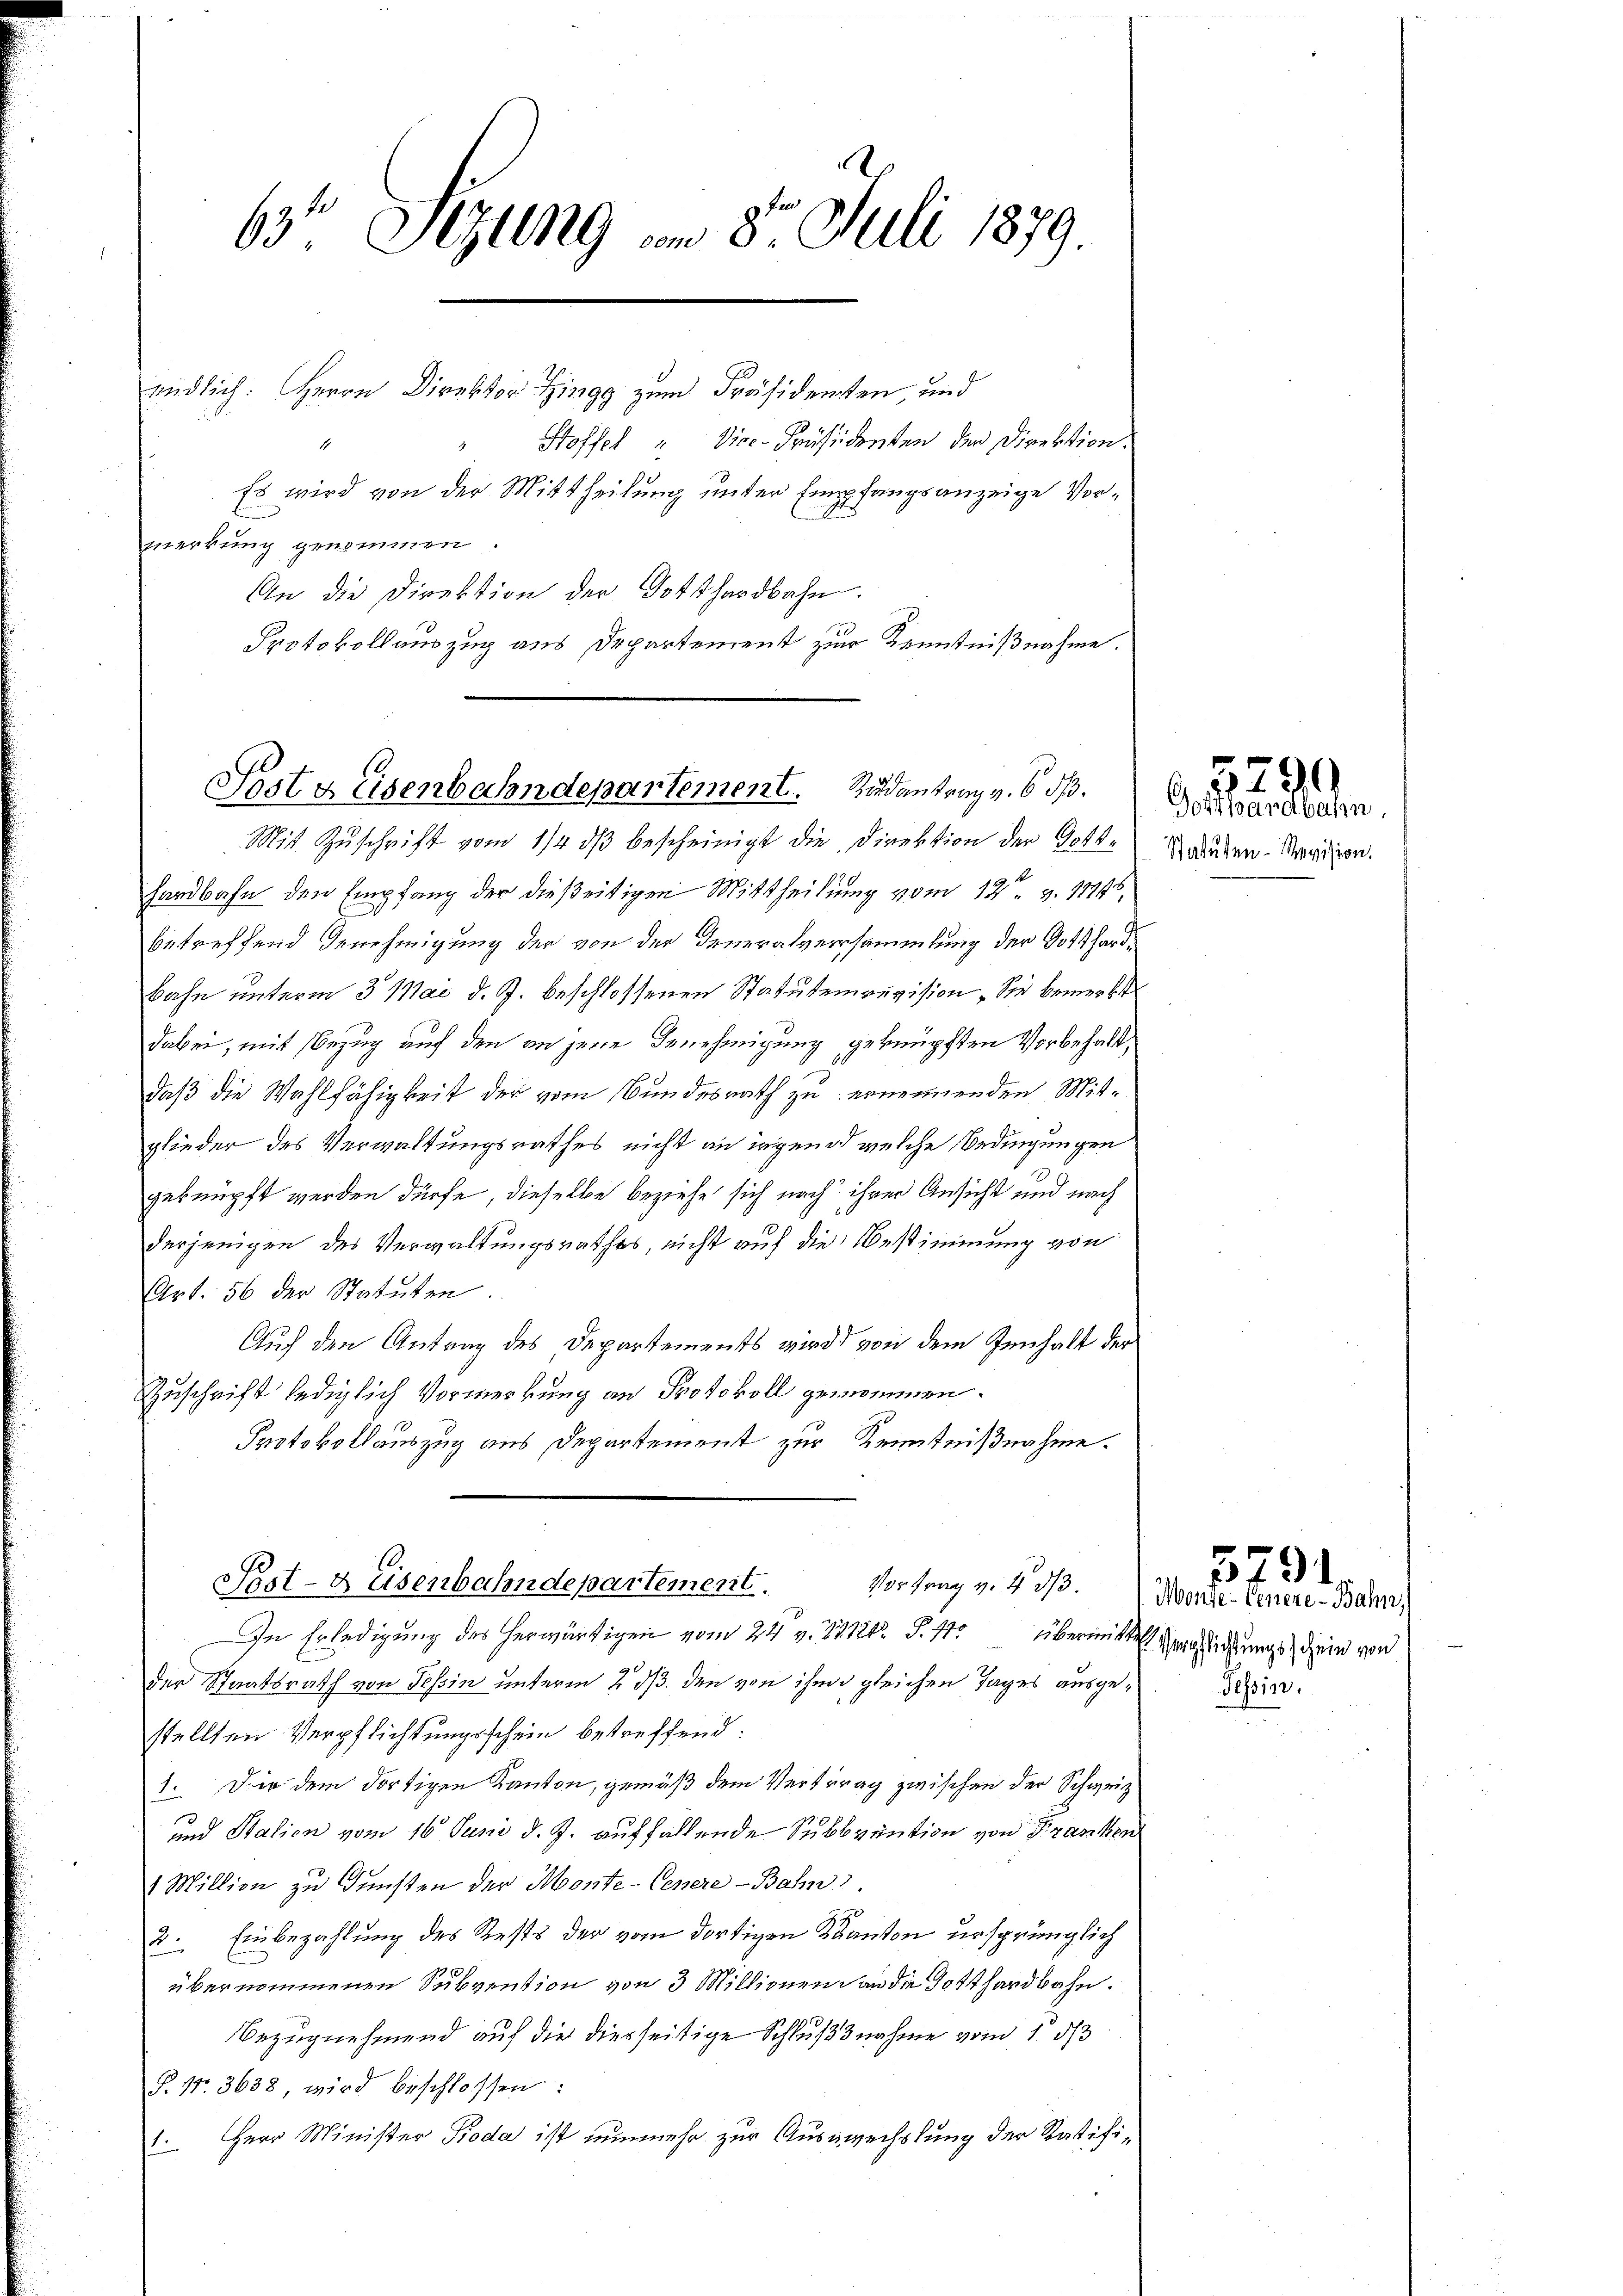
63' Stzung am 8. Juli 1879.

endlich: Herrn Direktor Zingg zum Präsidenten, und
Stoffel " Vice-Präsidenten der Direktion.
Es wird von der Mittheilung unter Empfangsanzeige Vormerkung genommen.
An die Direktion der Gotthardbahn.
Protokollauszug aus Departement zur Kenntnißnahme.

Mit Zŭschrift vom 14. dβ bescheinigt die Direktion der Gotte
hardbahn den Empfang der dießeitigen Mittheilung vom 12ten v. 11446,
betreffend Genehmigung der von der Feueralversammlung der Gotthard¬
Bahn unterm 3. Mai d. J. beschlossenen Statutenrevision, Sie bemerkt
dabei, mit Bezug auf den an jene Benehmigung geknüpften Vorbehaltdaß die Wahlfähigkeit der vom Bundesrath zu ernennenden Mitglieder des Verwaltungsrathes nicht an irgend welche Bedingungen
geknüpft werden dürfe, dieselbe beziehe sich nach ihrer Ansicht und nach
derjenigen des Verwaltungsrathes, nicht auf die Bestimmung von
Art. 56 der Statuten.
Auch den Antrag des Departements wird von dem Innhalt der
Zuschrift lediglich Vormerkung an Protokoll genommen.
Protokollauszug aus Departement zur Kenntnißnahme.
Vortrag v. 4. d.
Post- & Eisenbahndepartement.
In Erledigung des herwärtigen vom 24. v. 2212. S. 11. Übermittelst Verglichtungs dein von
der Staatsrath von Tessin unterm 2. ds den von ihm gleichen Tages ausgedinstellten Verpflichtungsschein betreffend:
1. Die dem dortigen Kanton, gemäß dem Vertrag zwischen der Schweiz
und Stalien vom 16. Juni d. J. auffallende Subvention von Franken
1 Million zu Gunsten der Monte-Genere Bahn.
2. Einbezahlung des Rests der vom dortigen Kanton ursprünglich
übernommenen Subvention von 3 Millionen an die Gotthardbahn.
Bezugnehmend auf die diesseitige Schlußnahme vom 1. 33
P. Nr. 3638 wird beschlossen:
Herr Minister Pioda ist nunmehr zur Auswechslung der Ratifi¬
.

Posts Eisenbahndepartement. Sidantrag v. 6. ds.

Gotthardbahn
Schatuten Revision.

5290

Monte- Genere-Bahn,

5791